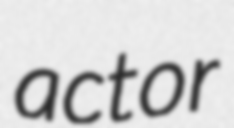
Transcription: actor